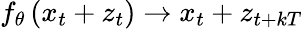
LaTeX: f_{\theta}\left(x_{t}+z_{t}\right)\rightarrow x_{t}+z_{t+kT}